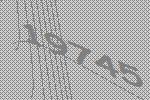
19745